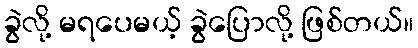
ခွဲလို့ မရပေမယ့် ခွဲပြောလို့ ဖြစ်တယ်။